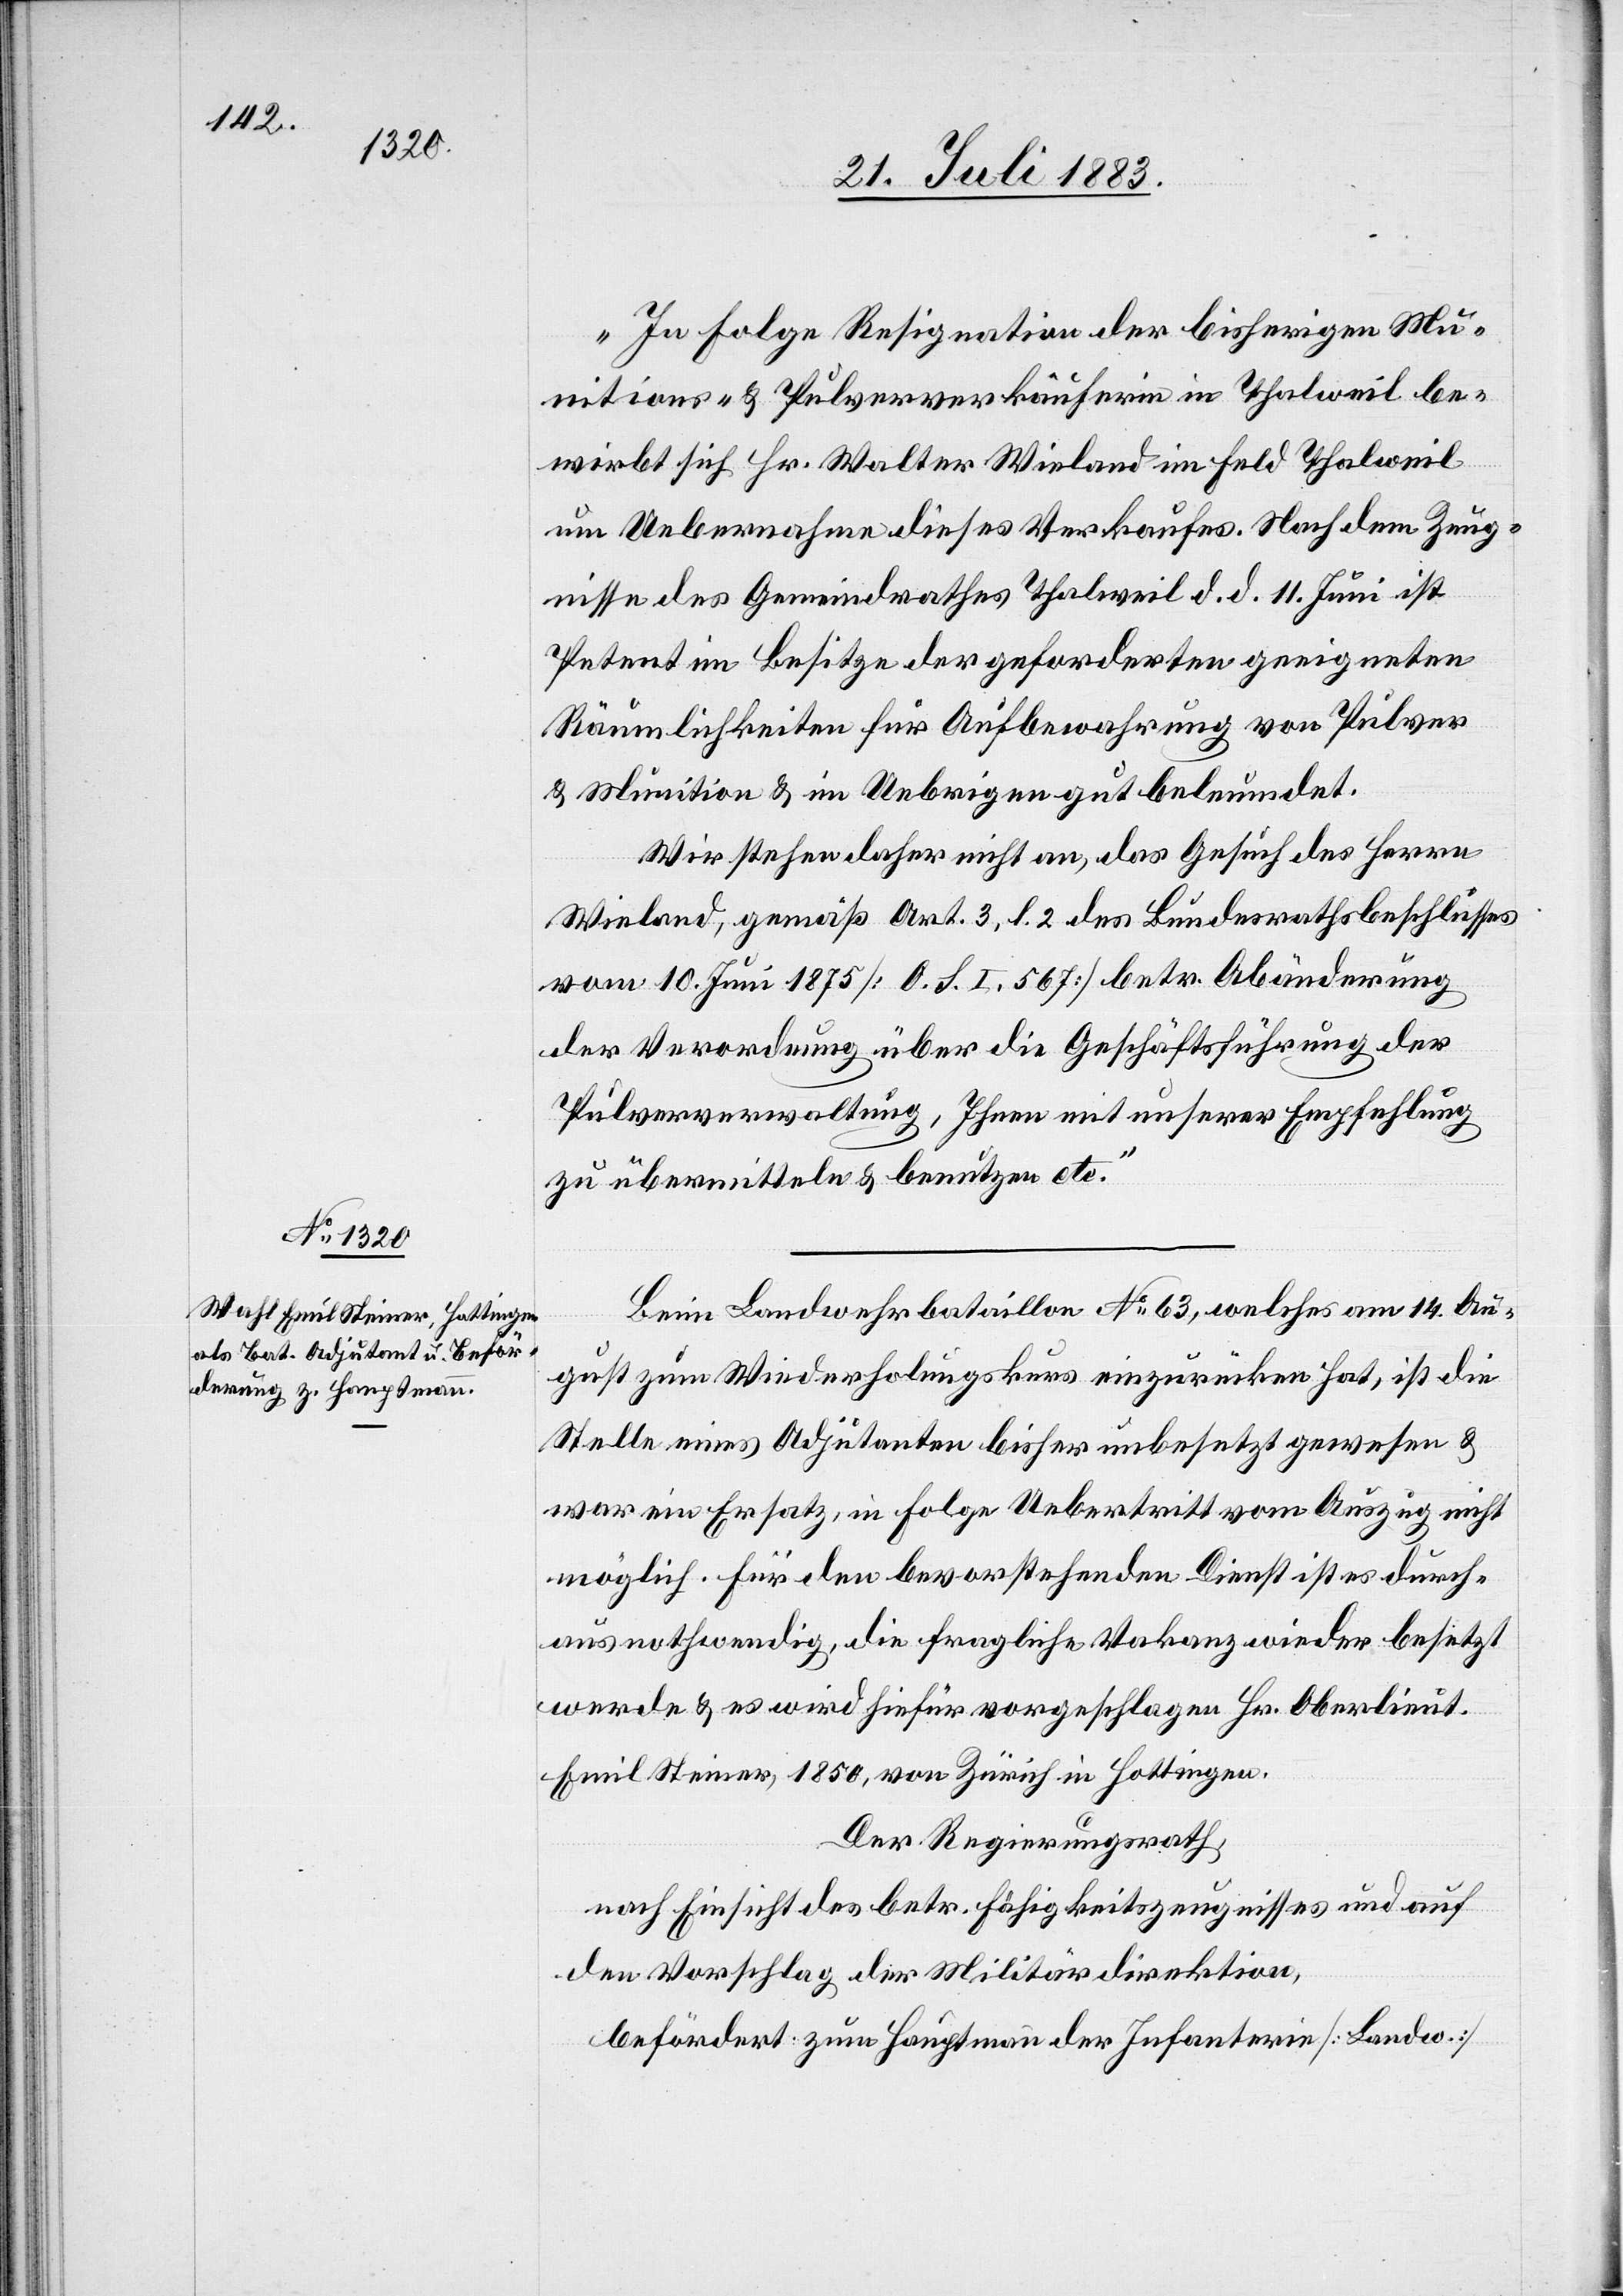
„In Folge Resignation der bisherigen Mu¬
nitions- & Pulververkäuferin in Thalweil be¬
wirbt sich Hr. Walter Wieland im Feld Thalweil
um Uebernahme dieses Verkaufes. Nach dem Zeug¬
nisse des Gemeindrathes Thalweil d. d. 11. Juni ist
Petent im Besitze der geforderten geeigneten
Räumlichkeiten für Aufbewahrung von Pulver
& Munition & im Uebrigen gut beleumdet.
Wir stehen daher nicht an, das Gesuch des Herrn
Wieland, gemäß Art. 3, l. 2 des Bundesrathsbeschlusses
vom 10. Juni 1875 [O. S. I. 567] betr. Abänderung
der Verordnung über die Geschäftsführung der
Pulververwaltung, Ihnen mit unserer Empfehlung
zu übermitteln & benutzen etc.“
Beim Landwehrbataillon No 63, welches am 14. Au¬
gust zum Wiederholungskurs einzurücken hat, ist die
Stelle eines Adjutanten bisher unbesetzt gewesen &
war ein Ersatz, in Folge Uebertritt vom Auszug nicht
möglich. Für den bevorstehenden Dienst ist es durch¬
aus nothwendig, die fragliche Vakanz wieder besetzt
werde & es wird hiefür vorgeschlagen Hr. Oberlieut.
Emil Steiner, 1850, von Zürich in Hottingen.
Der Regierungsrath,
nach Einsicht des betr. Fähigkeitszeugnisses und auf
den Vorschlag der Militärdirektion,
befördert zum Hauptmann der Infanterie [Landw.]